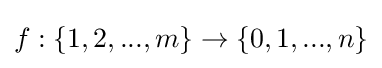
f:\left\{1,2,...,m\right\}\to \left\{0,1,...,n\right\}